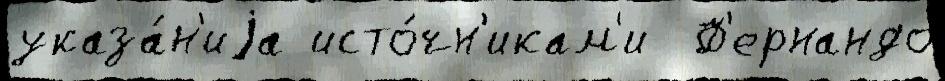
указа́н'иjа исто́чн'икам'и  Ф'ернандо